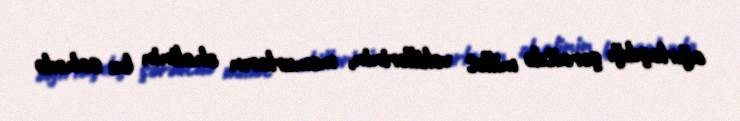
ağırlaşdığı şəraitdə millət vəkillərinin, məmurların əhalinin bu sahədə